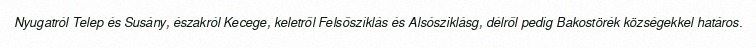
Nyugatról Telep és Susány, északról Kecege, keletről Felsősziklás és Alsósziklásg, délről pedig Bakostörék községekkel határos.